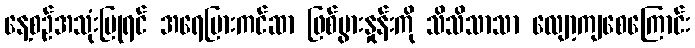
နေ့စဉ်အသုံးပြုရင် အရေပြားကင်ဆာ ဖြစ်ပွားနှုန်းကို သိသိသာသာ လျော့ကျစေကြောင်း